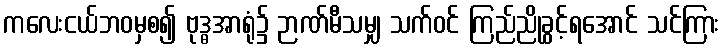
ကလေးငယ်ဘဝမှစ၍ ဗုဒ္ဓအာရုံ၌ ဉာဏ်မီသမျှ သက်ဝင် ကြည်ညိုခွင့်ရအောင် သင်ကြား